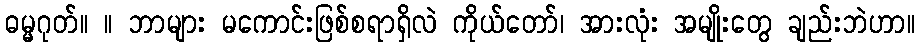
ဓမ္မဂုတ်။ ။ ဘာများ မကောင်းဖြစ်စရာရှိလဲ ကိုယ်တော်၊ အားလုံး အမျိုးတွေ ချည်းဘဲဟာ။